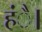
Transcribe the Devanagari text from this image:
हंै।